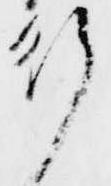
行